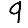
Digit: 9